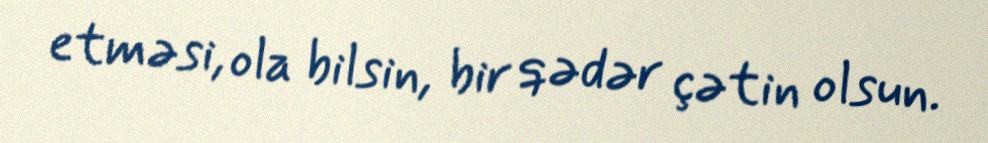
etməsi, ola bilsin, bir qədər çətin olsun.